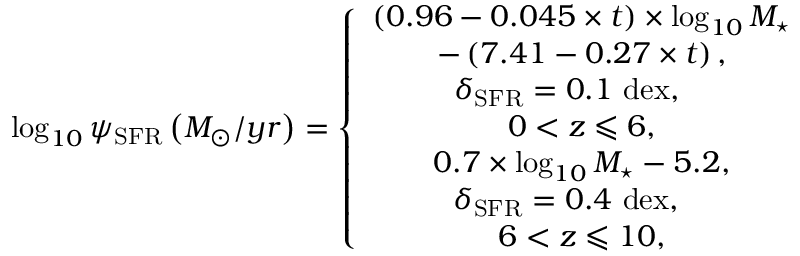
\log _ { 1 0 } \psi _ { \mathrm { S F R } } \left( M _ { \odot } / y r \right) = \left\{ \begin{array} { c } { \left( 0 . 9 6 - 0 . 0 4 5 \times t \right) \times \log _ { 1 0 } M _ { \star } } \\ { - \left( 7 . 4 1 - 0 . 2 7 \times t \right) , } \\ { \delta _ { \mathrm { S F R } } = 0 . 1 ~ \mathrm { d e x } , \quad } \\ { { 0 < z \leqslant 6 } , } \\ { 0 . 7 \times \log _ { 1 0 } M _ { \star } - 5 . 2 , } \\ { \; \delta _ { \mathrm { S F R } } = 0 . 4 ~ \mathrm { d e x } , \quad ~ } \\ { { 6 < z \leqslant 1 0 } , } \end{array} \right.